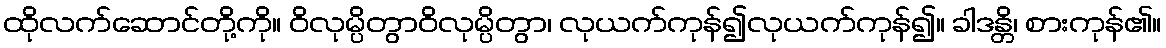
ထိုလက်ဆောင်တို့ကို။ ဝိလုမ္ပိတွာဝိလုမ္ပိတွာ၊ လုယက်ကုန်၍လုယက်ကုန်၍။ ခါဒန္တိ၊ စားကုန်၏။